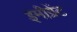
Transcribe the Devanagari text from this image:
इमीग्रेंट